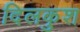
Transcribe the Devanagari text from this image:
दिलकुश